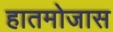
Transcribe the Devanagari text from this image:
हातमोजास